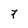
Character: 7